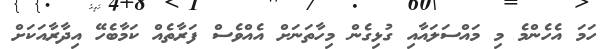
ހަމަ އެހެންމެ މި މައްސަލައާއި ގުޅިގެން މިހާތަނަށް އެއްވެސް ފަރާތެއް ކަމާބެހޭ އިދާރާއަކަށް